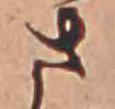
さ